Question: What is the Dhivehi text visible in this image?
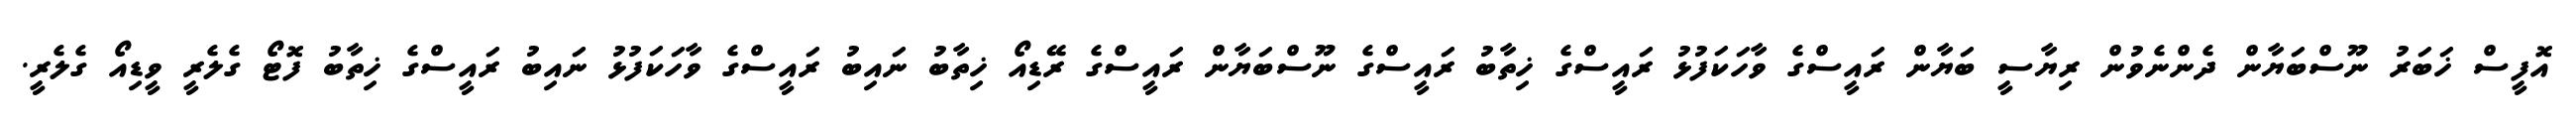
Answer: އޮފީސް ޚަބަރު ނޫސްބަޔާން ދެންނެވުން ރިޔާސީ ބަޔާން ރައީސްގެ ވާހަކަފުޅު ރައީސްގެ ޚިތާބު ރައީސްގެ ނޫސްބަޔާން ރައީސްގެ ރޭޑިއޯ ޚިތާބު ނައިބު ރައީސްގެ ވާހަކަފުޅު ނައިބު ރައީސްގެ ޚިތާބު ފޮޓޯ ގެލެރީ ވީޑިއޯ ގެލެރީ.